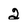
Character: 2